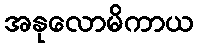
အနုလောမိကာယ